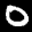
Label: 0